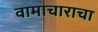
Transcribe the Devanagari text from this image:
वामाचाराचा